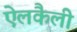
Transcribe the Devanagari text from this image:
ऐलकैली